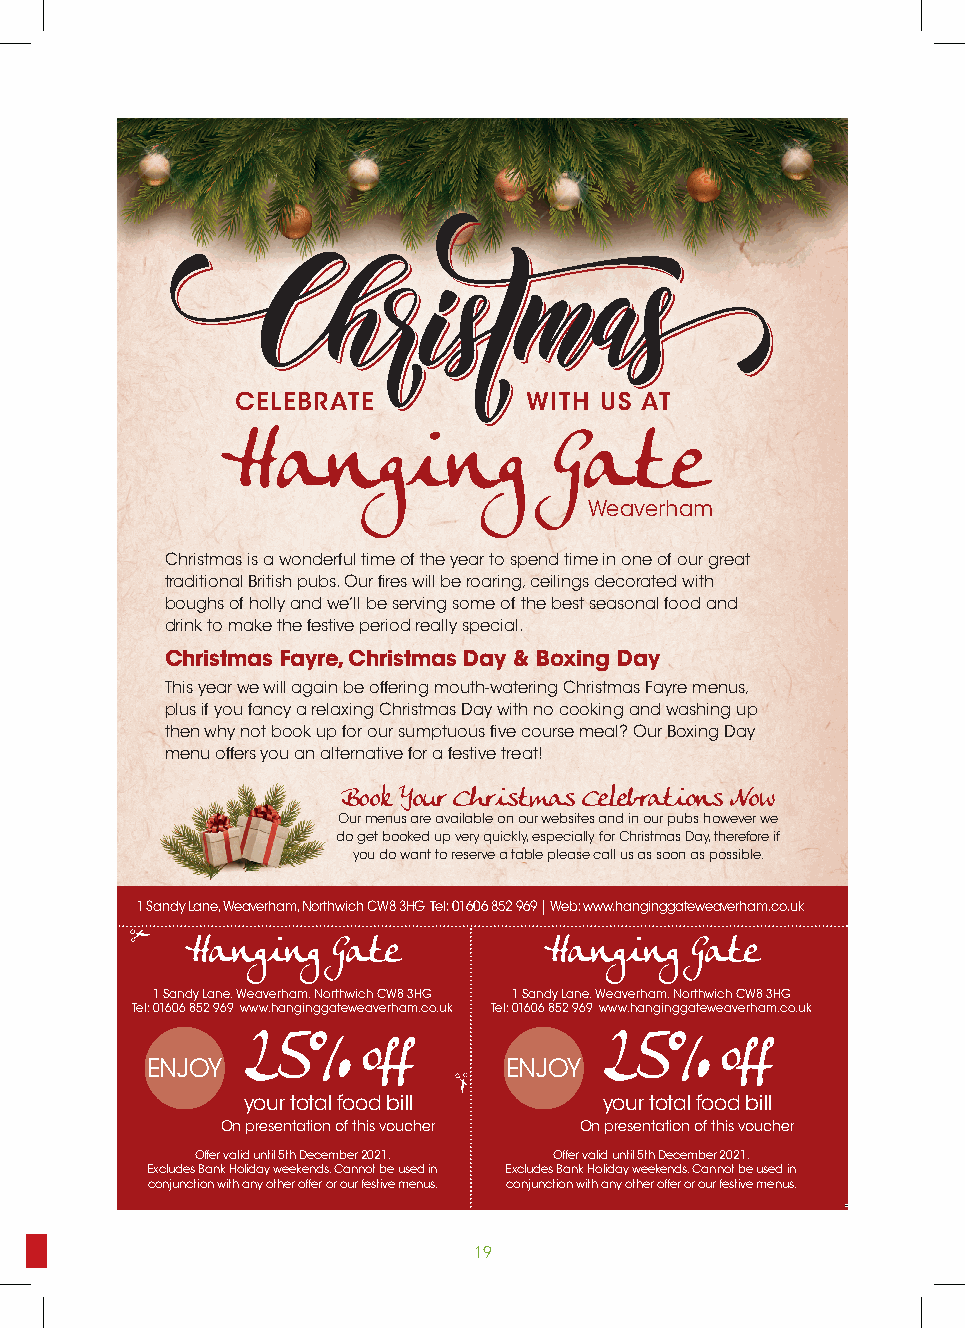
CELEBRATE          WITH US AT
 Hanging              Gate
 Weaverham
 Christmas is a wonderful time of the year to spend time in one of our great
 traditional British pubs. Our fires will be roaring, ceilings decorated with
 boughs of holly and we’ll be serving some of the best seasonal food and
 drink to make the festive period really special.
 Christmas Fayre, Christmas Day & Boxing Day
 This year we will again be offering mouth-watering Christmas Fayre menus,
 plus if you fancy a relaxing Christmas Day with no cooking and washing up
 then why not book up for our sumptuous five course meal? Our Boxing Day
 menu offers you an alternative for a festive treat!
 Book Your Christmas Celebrations Now
 Our menus are available on our websites and in our pubs however we
 do get booked up very quickly, especially for Christmas Day, therefore if
 you do want to reserve a table please call us as soon as possible.
 1 Sandy Lane, Weaverham, Northwich CW8 3HG Tel: 01606 852 969 | Web: www.hanginggateweaverham.co.uk
 Hanging   Gate          Hanging   Gate
 1 Sandy Lane, Weaverham, Northwich CW8 3HG 1 Sandy Lane, Weaverham, Northwich CW8 3HG
 Tel: 01606 852 969 www.hanginggateweaverham.co.uk Tel: 01606 852 969 www.hanginggateweaverham.co.uk
 25%     off             25%     off
 ENJOY                   ENJOY
 your total food bill    your total food bill
 On presentation of this voucher On presentation of this voucher
 Offer valid until 5th December 2021. Offer valid until 5th December 2021.
 Excludes Bank Holiday weekends. Cannot be used in Excludes Bank Holiday weekends. Cannot be used in
 conjunction with any other offer or our festive menus. conjunction with any other offer or our festive menus.
 To advertise or rell your story email o1u 98rtownmagazine@btconnect.com 19
 1 0   %